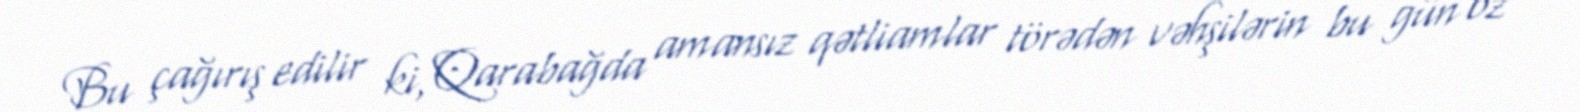
Bu çağırış edilir ki, Qarabağda amansız qətliamlar törədən vəhşilərin bu gün öz